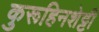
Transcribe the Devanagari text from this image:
कुरूहिनशेट्टी